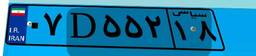
۰۷D۵۵۲۱۸